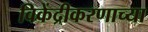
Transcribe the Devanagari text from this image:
विकेंद्रीकरणाच्या